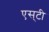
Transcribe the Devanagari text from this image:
एस्‌टी